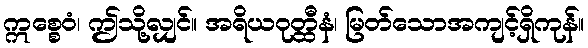
ဣစ္စေဝံ၊ ဤသို့လျှင်။ အရိယဝုတ္ထီနံ၊ မြတ်သောအကျင့်ရှိကုန်။